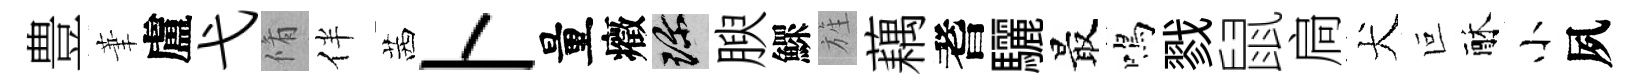
豊茟盧弋脩伴茜卜量癥珍腴鰥旌藕耆驪最鳴戮鼠扃犬叵酥小夙